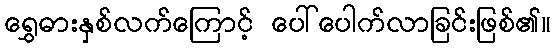
ရွှေဓားနှစ်လက်ကြောင့် ပေါ်ပေါက်လာခြင်းဖြစ်၏။